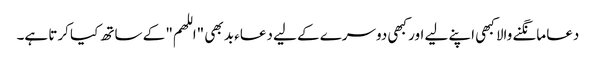
دعا مانگنے والا کبھی اپنے لیے اور کبھی دوسرے کے لیے دعاء بد بھی "اللھم" کے ساتھ کیا کرتا ہے۔